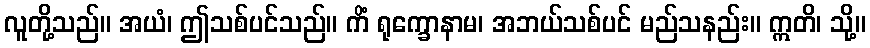
လူတို့သည်။ အယံ၊ ဤသစ်ပင်သည်။ ကိံ ရုက္ခောနာမ၊ အဘယ်သစ်ပင် မည်သနည်း။ ဣတိ၊ သို့။